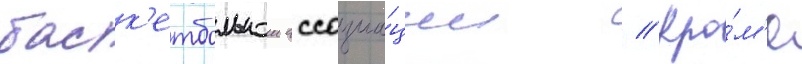
баск'етбольнои ассоциа́ции // Кро́м'е